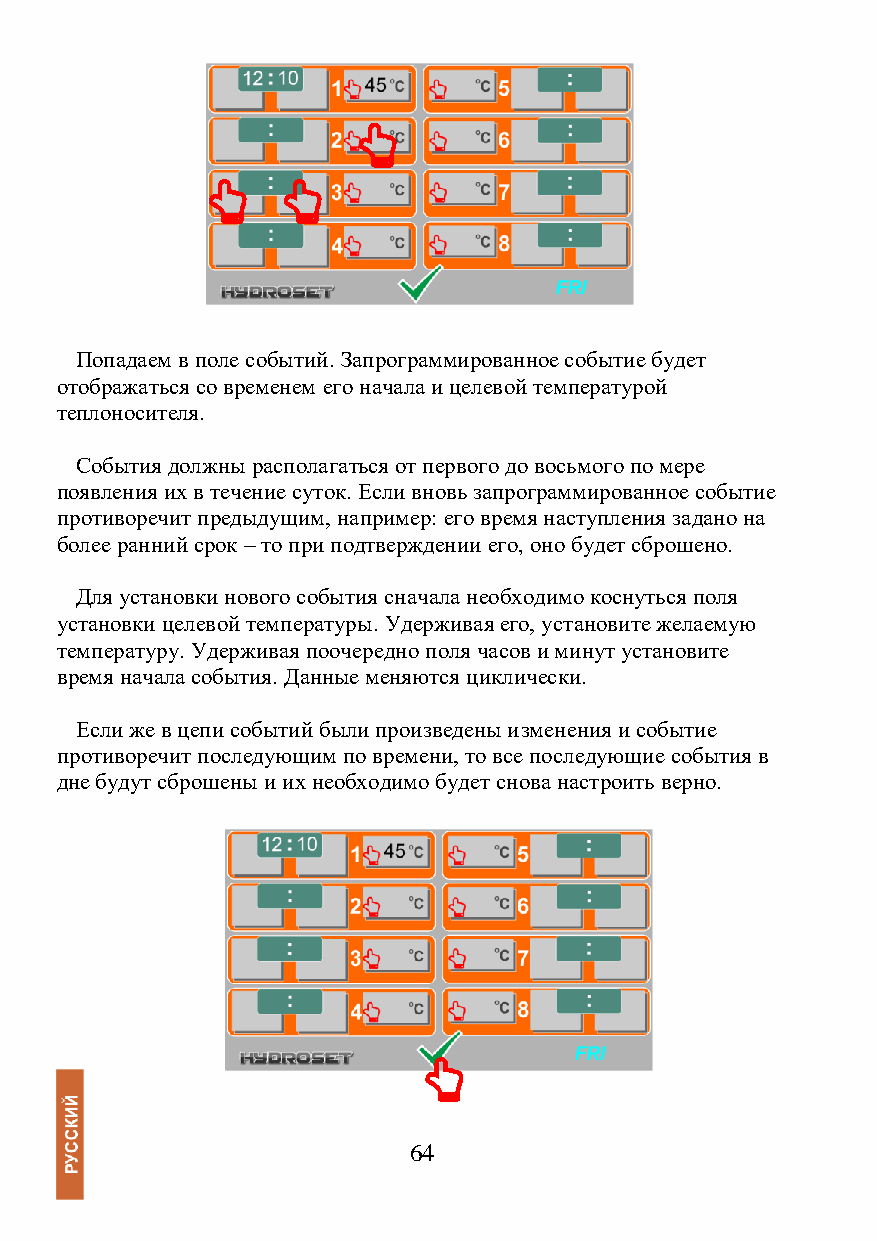
Попадаем в поле событий. Запрограммированное событие будет
 отображаться со временем его начала и целевой температурой
 теплоносителя.
 События должны располагаться от первого до восьмого по мере
 появления их в течение суток. Если вновь запрограммированное событие
 противоречит предыдущим, например: его время наступления задано на
 более ранний срок – то при подтверждении его, оно будет сброшено.
 Для установки нового события сначала необходимо коснуться поля
 установки целевой температуры. Удерживая его, установите желаемую
 температуру. Удерживая поочередно поля часов и минут установите
 время начала события. Данные меняются циклически.
 Если же в цепи событий были произведены изменения и событие
 противоречит последующим по времени, то все последующие события в
 дне будут сброшены и их необходимо будет снова настроить верно.
 64